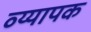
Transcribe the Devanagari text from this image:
व्य्यापक